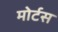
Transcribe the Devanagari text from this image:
मोर्टस